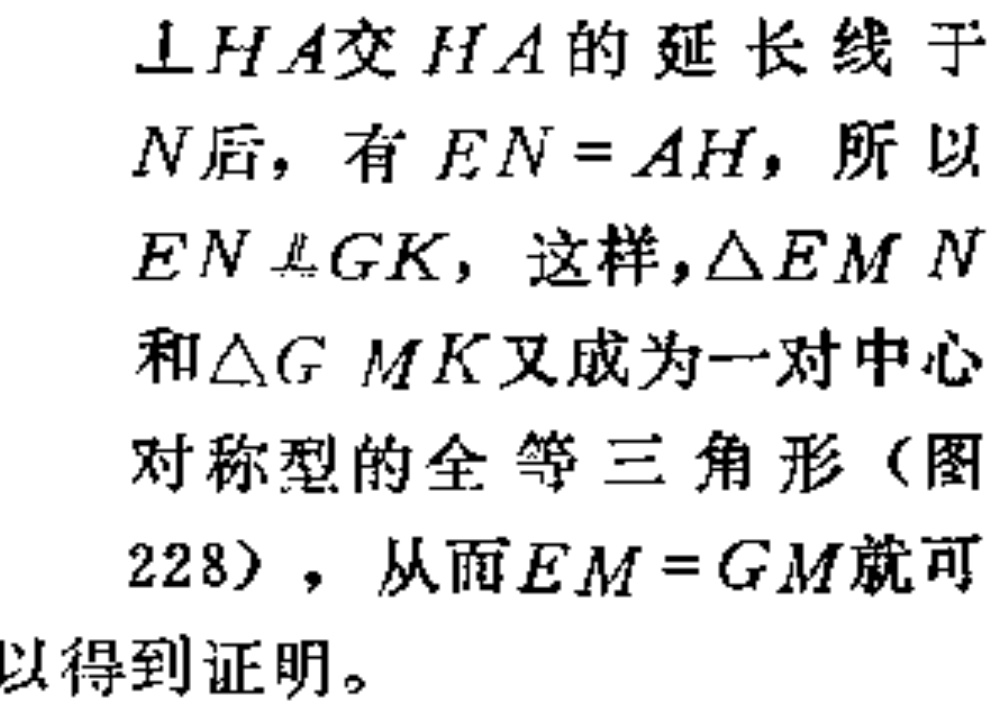
$\perp HA$交$HA$的延长线于

$N$后，有$EN = AH$，所以

$EN \underline{\underline{\parallel}}GK$，这样，$\triangle EMN$

和$\triangle GMK$又成为一对中心

对称型的全等三角形（图

$228$），从而$EM = GM$就可

以得到证明。